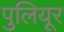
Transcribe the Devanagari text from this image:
पुलियूर